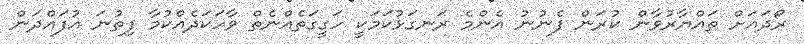
ރޯދައަށް ތައްޔާރުވާން ކުރަން ފެނުނު އެންމެ ރަނގަޅުކަމަކީ ހަގީގަތެއްނެތް ވާހަކަދެއްކުމާ ފިތުނަ އުފައްދަން